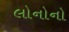
લોનોનો